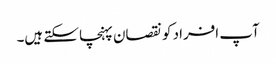
آپ افراد کو نقصان پہنچا سکتے ہیں۔